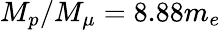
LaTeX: M_{p}/M_{\mu}=8.88m_{e}